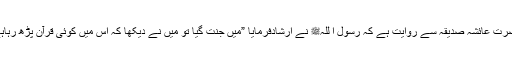
حضرت عائشہ صدیقہؓ سے روایت ہے کہ رسول ا للہﷺ نے ارشادفرمایا ”میں جنت گیا تو میں نے دیکھا کہ اس میں کوئی قرآن پڑھ رہاہے؟